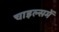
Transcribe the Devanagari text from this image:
चाइल्समें